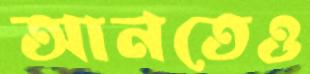
আনতেও